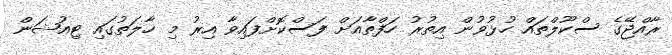
ރާއްޖޭގެ ސްކޫލްތައް ހުޅުވުން އިތުރު ހަފްތާއަށް ފަސްކޮށްފައިވާ އިރު މި ހާލަތުގައި ޓިއުޝަން